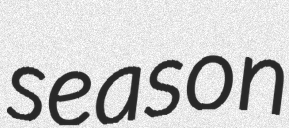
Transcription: season